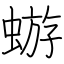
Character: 蝣